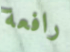
رافعة